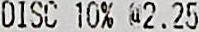
DISC 10% @2.25